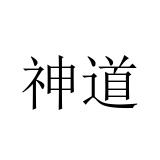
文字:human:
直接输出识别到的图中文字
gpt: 神道